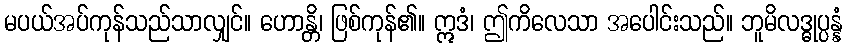
မပယ်အပ်ကုန်သည်သာလျှင်။ ဟောန္တိ၊ ဖြစ်ကုန်၏။ ဣဒံ၊ ဤကိလေသာ အပေါင်းသည်။ ဘူမိလဒ္ဓုပ္ပန္နံ